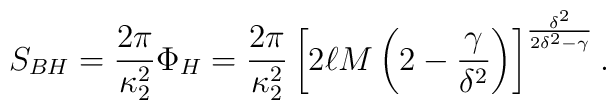
S_{BH}={{2\pi}\over{\kappa^2_2}}\Phi_H={{2\pi}\over{\kappa^2_2}}\left[2\ell M\left(2-{\gamma\over{\delta^2}}\right)\right]^{{\delta^2}\over{2\delta^2-\gamma}}.